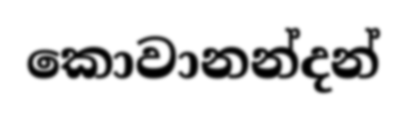
කොවානන්දන්